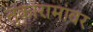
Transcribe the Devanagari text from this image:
तुकारामांवर